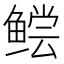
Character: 鲿